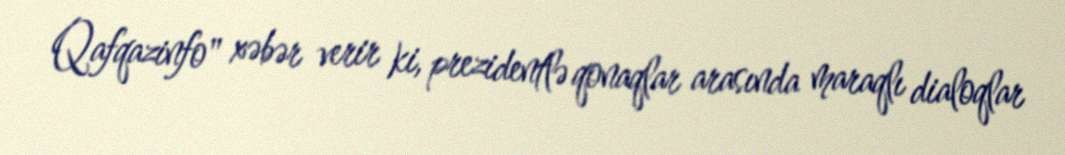
Qafqazinfo" xəbər verir ki, prezidentlə qonaqlar arasında maraqlı dialoqlar